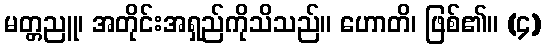
မတ္တညူ၊ အတိုင်းအရှည်ကိုသိသည်။ ဟောတိ၊ ဖြစ်၏။ (၄)